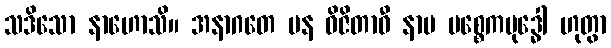
သဒိသော နာဟောသိ။ အနာဂတေ ပန ဝိဇိတာဝီ နာမ ပစ္စေကဗုဒ္ဓေါ ဟုတွာ